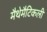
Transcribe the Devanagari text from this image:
मैथेमैटिकली